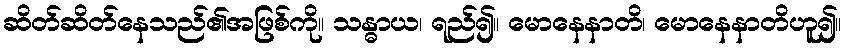
ဆိတ်ဆိတ်နေသည်၏အဖြစ်ကို။ သန္ဓာယ၊ ရည်၍။ မောနေနာတိ၊ မောနေနာတိဟူ၍။